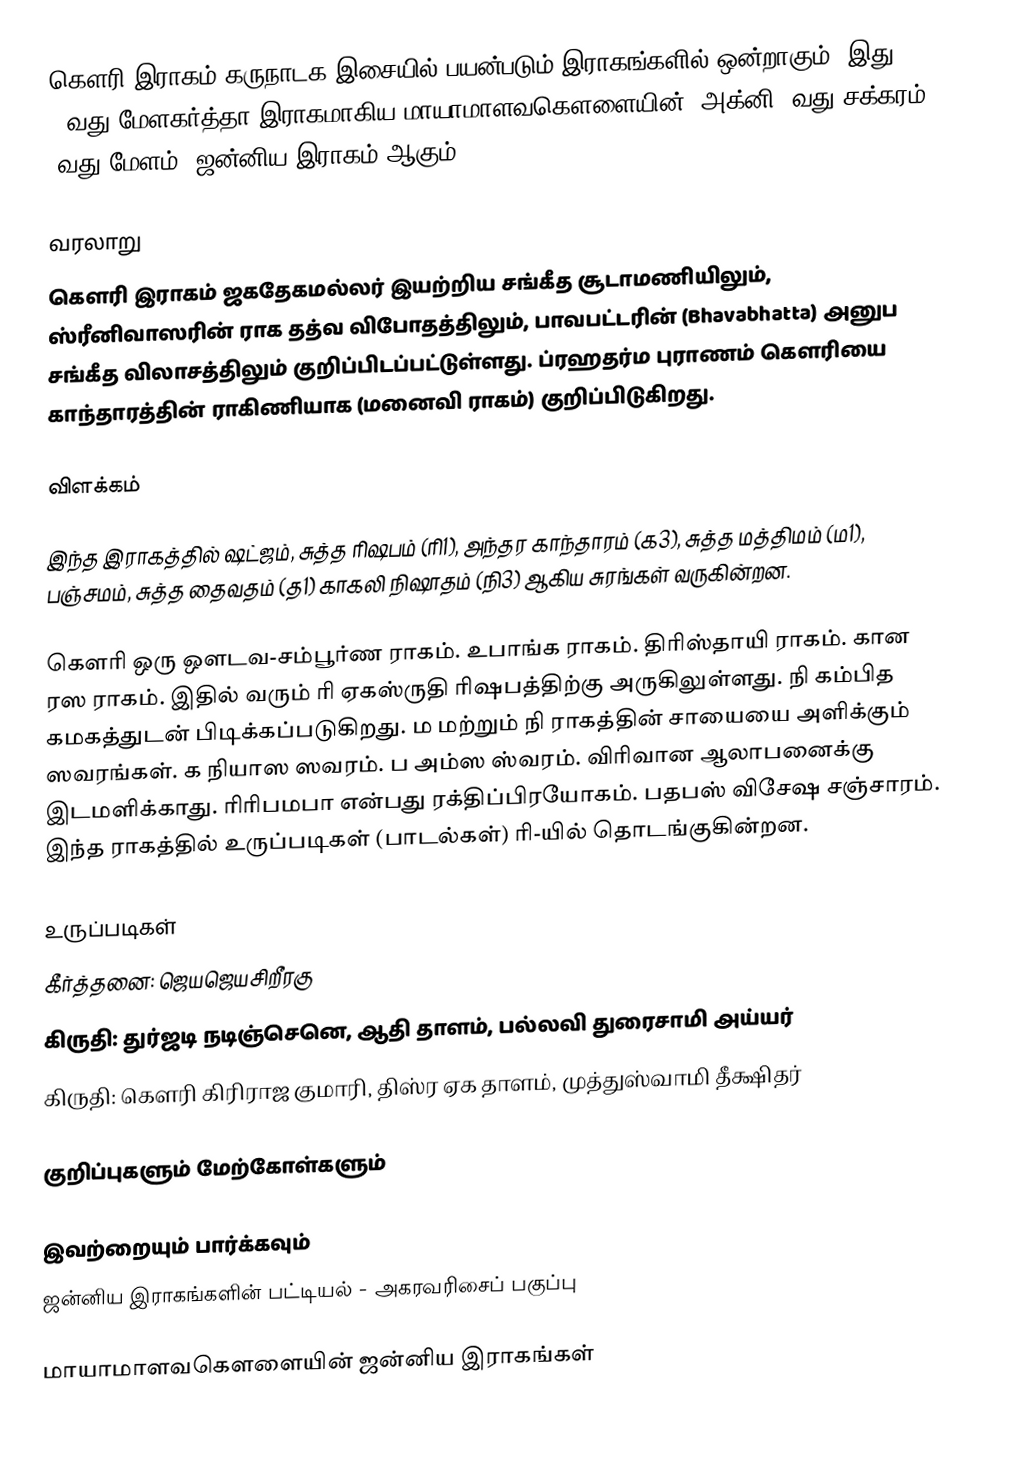
கௌரி இராகம் கருநாடக இசையில் பயன்படும் இராகங்களில் ஒன்றாகும். இது 15வது மேளகர்த்தா  இராகமாகிய மாயாமாளவகௌளையின் (அக்னி/3வது சக்கரம்  3வது மேளம்) ஜன்னிய இராகம் ஆகும்.

வரலாறு
கௌரி இராகம் ஜகதேகமல்லர் இயற்றிய சங்கீத சூடாமணியிலும், ஸ்ரீனிவாஸரின் ராக தத்வ விபோதத்திலும், பாவபட்டரின் (Bhavabhatta) அனுப சங்கீத விலாசத்திலும் குறிப்பிடப்பட்டுள்ளது. ப்ரஹதர்ம புராணம் கௌரியை காந்தாரத்தின் ராகிணியாக (மனைவி ராகம்) குறிப்பிடுகிறது.

விளக்கம்

இந்த இராகத்தில் ஷட்ஜம், சுத்த ரிஷபம் (ரி1),  அந்தர காந்தாரம் (க3), சுத்த மத்திமம் (ம1), பஞ்சமம்,  சுத்த தைவதம் (த1) காகலி நிஷாதம்  (நி3) ஆகிய சுரங்கள் வருகின்றன.

கௌரி ஒரு ஔடவ-சம்பூர்ண ராகம். உபாங்க ராகம். திரிஸ்தாயி ராகம். கான ரஸ ராகம். இதில் வரும் ரி ஏகஸ்ருதி ரிஷபத்திற்கு அருகிலுள்ளது. நி கம்பித கமகத்துடன் பிடிக்கப்படுகிறது.  ம மற்றும் நி ராகத்தின் சாயையை அளிக்கும் ஸவரங்கள். க நியாஸ ஸவரம். ப அம்ஸ ஸ்வரம். விரிவான ஆலாபனைக்கு இடமளிக்காது. ரிரிபமபா என்பது ரக்திப்பிரயோகம். பதபஸ்  விசேஷ சஞ்சாரம். இந்த ராகத்தில் உருப்படிகள் (பாடல்கள்) ரி-யில் தொடங்குகின்றன.

உருப்படிகள்
 கீர்த்தனை: ஜெயஜெயசிறீரகு
 கிருதி: துர்ஜடி நடிஞ்செனெ, ஆதி தாளம், பல்லவி துரைசாமி அய்யர்
 கிருதி: கௌரி கிரிராஜ குமாரி, திஸ்ர ஏக தாளம், முத்துஸ்வாமி தீக்ஷிதர்

குறிப்புகளும் மேற்கோள்களும்

இவற்றையும் பார்க்கவும்
 ஜன்னிய இராகங்களின் பட்டியல் - அகரவரிசைப் பகுப்பு

மாயாமாளவகௌளையின் ஜன்னிய இராகங்கள்